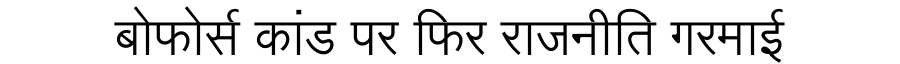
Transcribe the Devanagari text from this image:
बोफोर्स कांड पर फिर राजनीति गरमाई